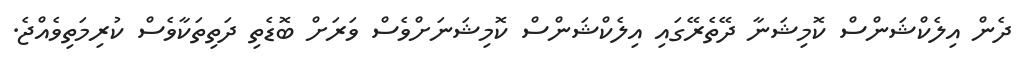
ދެން އިލެކްޝަންސް ކޮމިޝަނާ ދޭތެރޭގައި އިލެކްޝަންސް ކޮމިޝަނަށްވެސް ވަރަށް ބޮޑެތި ދަތިތަކާވެސް ކުރިމަތިވެއްޖެ.